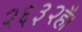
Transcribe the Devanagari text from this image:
२६३२है।